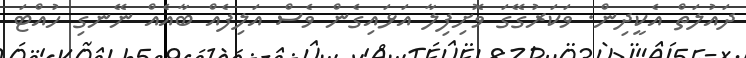
ދައުލަތް އެކީދިން. ވަކަރުގޭގަ ވޮށިފިލާ އަޅައިގެން ވެސް އަލިފެއް ބާއެއް ނޭނގި ހުއްޓަ